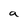
Character: a